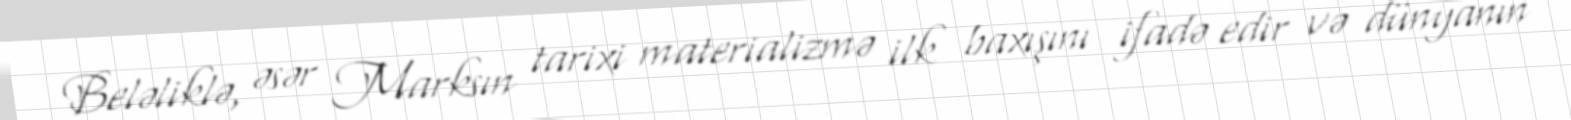
Beləliklə, əsər Marksın tarixi materializmə ilk baxışını ifadə edir və dünyanın